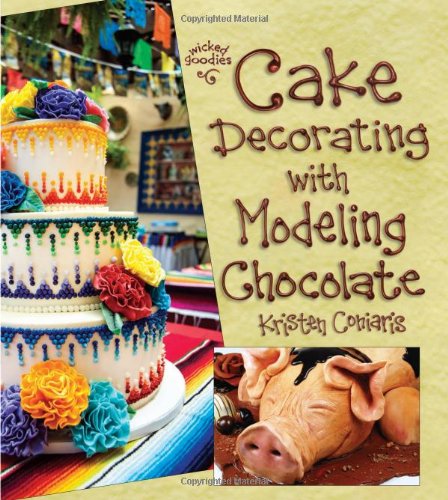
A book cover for Cake Decorating with Modeling Chocolate; Kristen Coniaris; Cookbooks, Food & Wine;